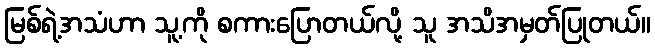
မြစ်ရဲ့အသံဟာ သူ့ကို စကားပြောတယ်လို့ သူ အသိအမှတ်ပြုတယ်။